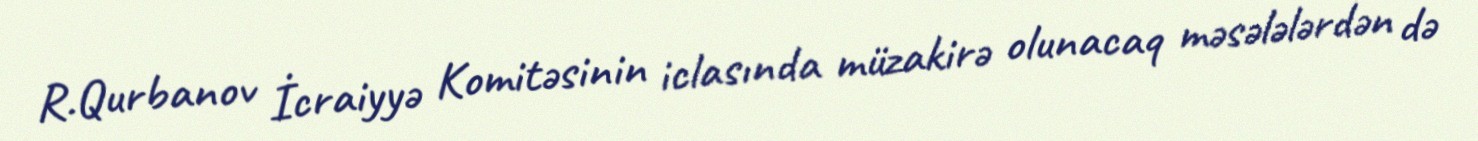
R.Qurbanov İcraiyyə Komitəsinin iclasında müzakirə olunacaq məsələlərdən də